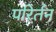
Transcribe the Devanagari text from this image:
परिर्तन